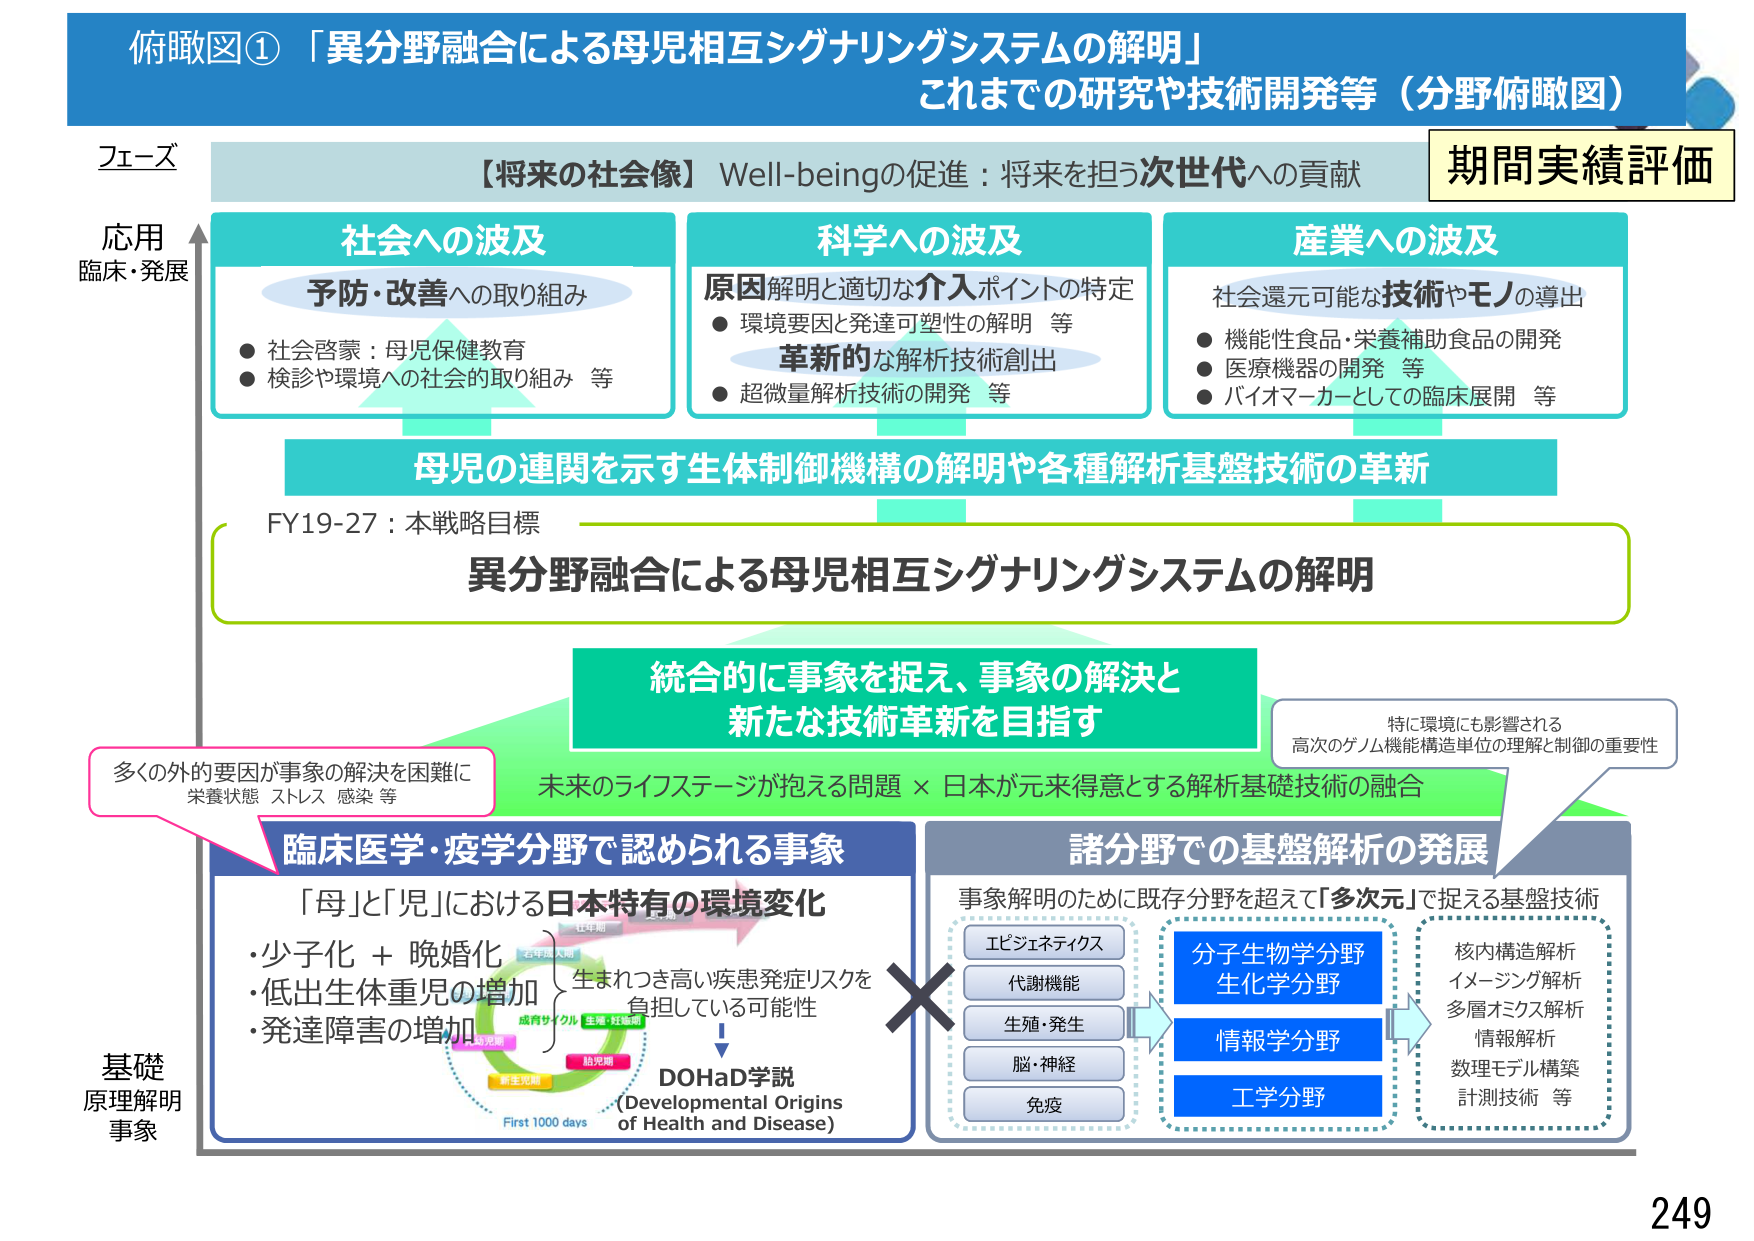
俯瞰図①「異分野融合による母児相互シグナリングシステムの解明」
これまでの研究や技術開発等（分野俯瞰図）

フェーズ
応用
臨床・発展

【将来の社会像】Well-beingの促進：将来を担う次世代への貢献
期間実績評価

社会への波及
予防・改善への取り組み
● 社会啓蒙：母児保健教育
● 検診や環境への社会的取り組み 等

科学への波及
原因解明と適切な介入ポイントの特定
● 環境要因と発達可塑性の解明 等
革新的な解析技術創出
● 超微量解析技術の開発 等

産業への波及
社会還元可能な技術やモノの導出
● 機能性食品・栄養補助食品の開発
● 医療機器の開発 等
● バイオマーカーとしての臨床展開 等

母児の連関を示す生体制御機構の解明や各種解析基盤技術の革新

FY19-27：本戦略目標
異分野融合による母児相互シグナリングシステムの解明

統合的に事象を捉え、事象の解決と
新たな技術革新を目指す

特に環境にも影響される
高次のゲノム機能構造単位の理解と制御の重要性

多くの外的要因が事象の解決を困難に
栄養状態 ストレス 感染 等

臨床医学・疫学分野で認められる事象
「母」と「児」における日本特有の環境変化
・少子化 + 晩婚化
・低出生体重児の増加
・発達障害の増加
生まれつき高い疾患発症リスクを
負担している可能性
DOHaD学説
（Developmental Origins of Health and Disease）
First 1000 days
妊娠期
新生児期
乳児期
幼児期
児童期
思春期
青年期
成年期
老年期

諸分野での基盤解析の発展
事象解明のために既存分野を超えて「多次元」で捉える基盤技術
エピジェネティクス
代謝機能
生殖・発生
脳・神経
免疫
分子生物学分野
生化学分野
情報学分野
工学分野
核内構造解析
イメージング解析
多層オミクス解析
情報解析
数理モデル構築
計測技術 等

基礎
原理解明
事象

249